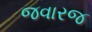
જવારજ